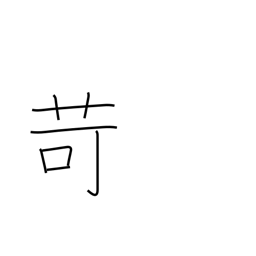
Meaning: chastise